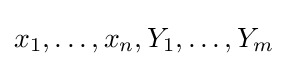
x_{1},\ldots ,x_{n},Y_{1},\ldots ,Y_{m}